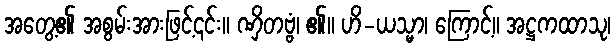
အတွေ့၏ အစွမ်းအားဖြင့်၎င်း။ ဏှိတဗ္ဗံ၊ ၏။ ဟိ-ယသ္မာ၊ ကြောင့်။ အဋ္ဌကထာသု၊